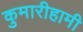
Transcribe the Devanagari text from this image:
कुमारीहामी